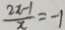
\frac { 2 x - 1 } { x } = - 1